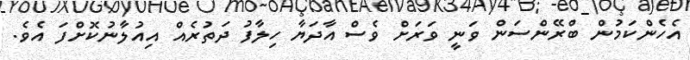
އެހެންކަމުން ބްރޭންސަން ވަނީ ވަރަށް ވެސް އާދަޔާ ހިލާފު ދަތުރެއް އިއުލާނުކޮށްފަ އެވެ.